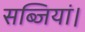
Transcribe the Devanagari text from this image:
सब्जियां।